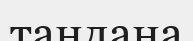
тандана